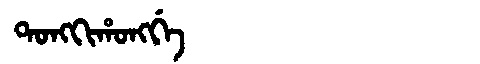
Manchu: ᡨᠣᠩᡴᡳᡥᠣᠩᡤᡝ
Romanization: TONGKIHONGGE